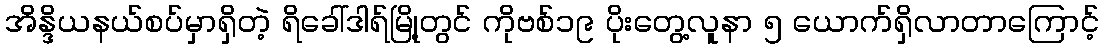
အိန္ဒိယနယ်စပ်မှာရှိတဲ့ ရိခေါ်ဒါရ်မြို့တွင် ကိုဗစ်၁၉ ပိုးတွေ့လူနာ ၅ ယောက်ရှိလာတာကြောင့်